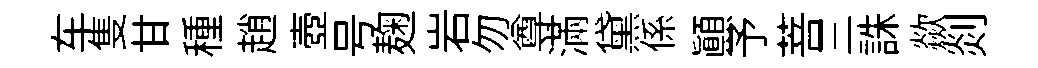
车隻甘種趙壺号麹岩勿尊滿黛係顛予菩三誅歘剡